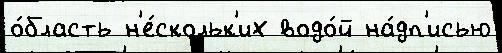
о́бласть н'е́скольк'их водо́й на́дп'исью